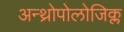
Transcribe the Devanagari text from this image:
अन्थ्रोपोलोजिक्ल